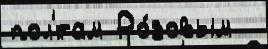
пол'́там Ро́зовым